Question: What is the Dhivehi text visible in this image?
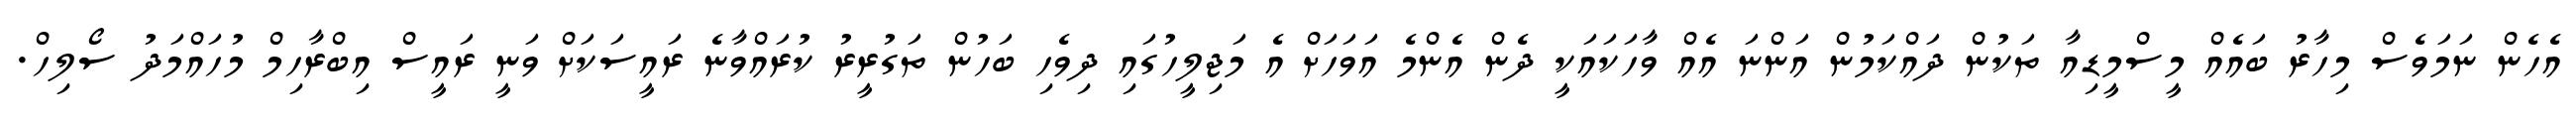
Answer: އެހެން ނަމަވެސް މިހާރު ބައެއް މީސްމީޑިއާ ތަކުން ދައްކަމުން އަންނަ އެއް ވާހަކައަކީ ދެން އެންމެ އަވަހަށް އެ މަޖިލީހުގައި ދިވެހި ބަހުން ތަގުރީރު ކުރައްވާނެ ރައީސަކަށް ވަނީ ރައީސް އިބްރާހިމް މުހައްމަދު ސޯލިހް.